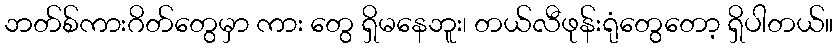
ဘတ်စ်ကားဂိတ်တွေမှာ ကား တွေ ရှိမနေဘူး၊ တယ်လီဖုန်းရုံတွေတော့ ရှိပါတယ်။